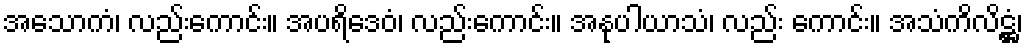
အသောကံ၊ လည်းကောင်း။ အပရိဒေဝံ၊ လည်းကောင်း။ အနုပါယာသံ၊ လည်း ကောင်း။ အသံကိလိဋ္ဌံ၊